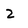
Character: 2